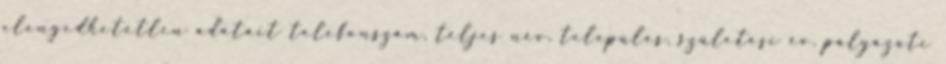
elengedhetetlen adatait telefonszám, teljes név, település, születési év, pályázati